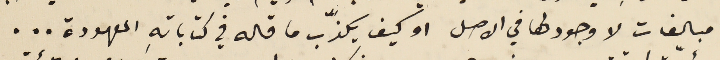
مبالغات لا وجود لها في الاصل او كيف يكذّب ما قاله في كتاباتهِ المعهودة . . .